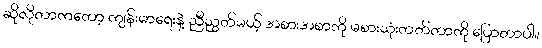
ဆိုလိုတာကတော့ ကျန်းမာရေးနဲ့ ညီညွတ်မယ့် အစားအစာကို မစားသုံးတတ်တာကို ပြောတာပါ။